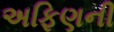
અફિણની